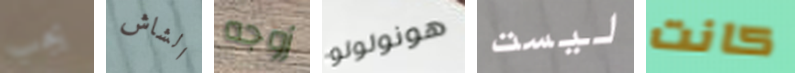
يجب الشاش زوجه هونولولو ليست كانت